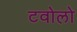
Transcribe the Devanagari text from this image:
टवोलो